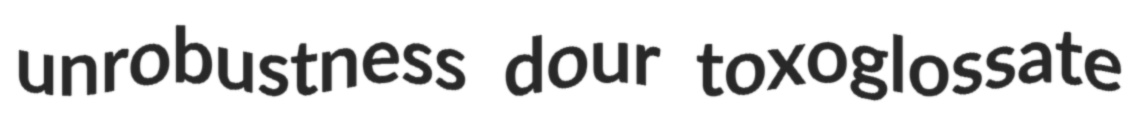
unrobustness dour toxoglossate